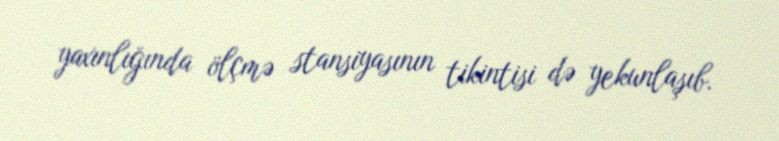
yaxınlığında ölçmə stansiyasının tikintisi də yekunlaşıb.